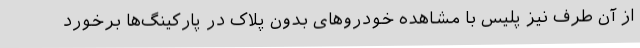
از آن طرف نیز پلیس با مشاهده خودروهای بدون پلاک در پارکینگ‌ها برخورد